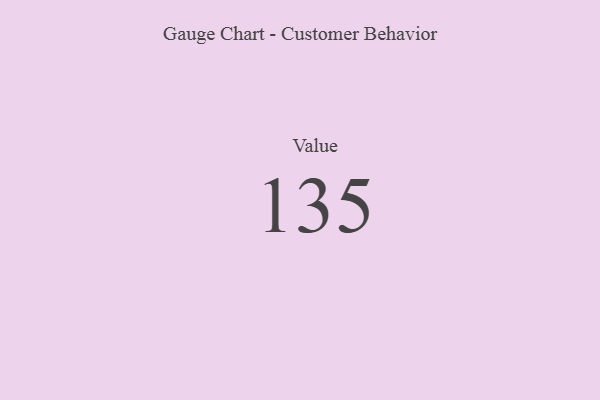
{"axis": {"x": "Metric", "y": "Value"}, "legend": [""], "data": [{"x": "Value", "y": 135, "type": ""}]}